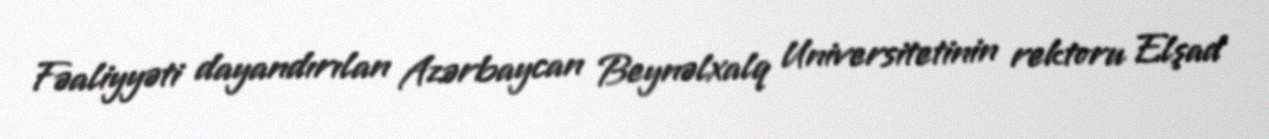
Fəaliyyəti dayandırılan Azərbaycan Beynəlxalq Universitetinin rektoru Elşad